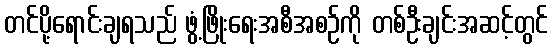
တင်ပို့ရောင်းချရသည် ဖွံ့ဖြိုးရေးအစီအစဉ်ကို တစ်ဦးချင်းအဆင့်တွင်